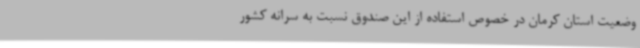
وضعیت استان کرمان در خصوص استفاده از این صندوق نسبت به سرانه کشور